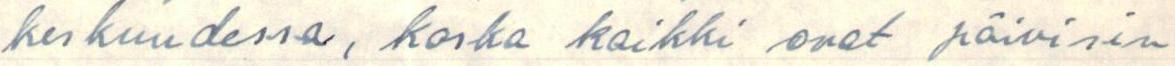
keskuudessa, koska kaikki ovat päivisin